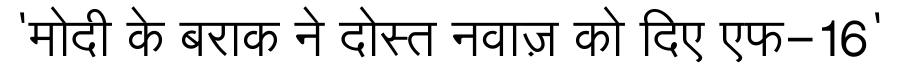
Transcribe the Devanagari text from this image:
'मोदी के बराक ने दोस्त नवाज़ को दिए एफ-16'